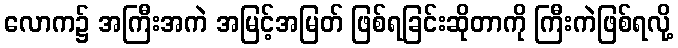
လောက၌ အကြီးအကဲ အမြင့်အမြတ် ဖြစ်ရခြင်းဆိုတာကို ကြီးကဲဖြစ်ရလို့